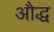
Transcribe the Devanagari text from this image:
औद्ध